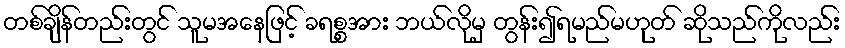
တစ်ချိန်တည်းတွင် သူမအနေဖြင့် ခရစ္စအား ဘယ်လိုမှ တွန်း၍ရမည်မဟုတ် ဆိုသည်ကိုလည်း